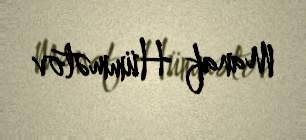
Manaf Hümmətov